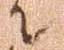
て